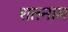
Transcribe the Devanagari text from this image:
शतनाम